Note on the mental hospitals in Burma - 1925-1940
Year: 1925
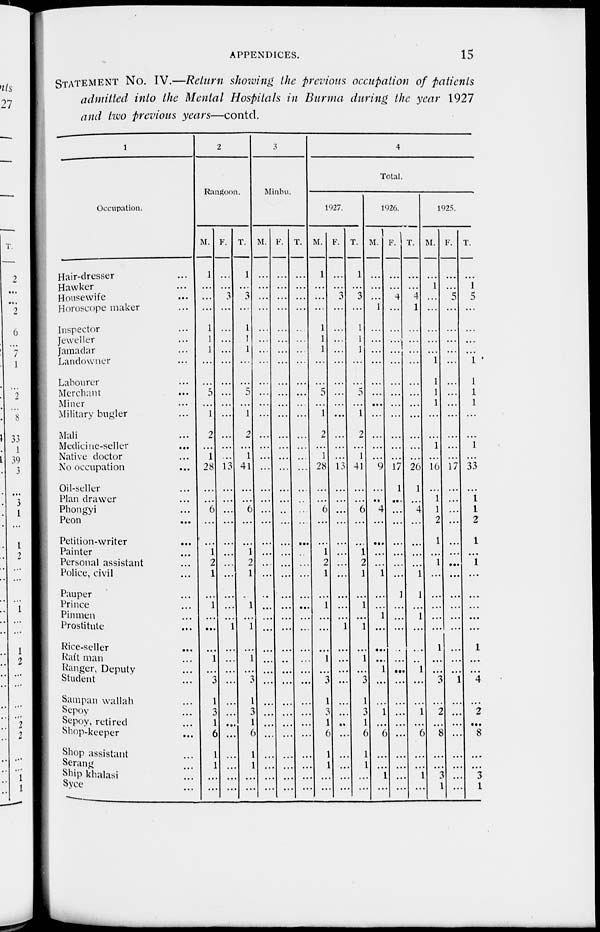
APPENDICES.
15
STATEMENT NO. IV.—Return showing the previous occupation of patients
admitted into the Mental Hospitals in Burma during the year 1927
and two previous years—contd.
1
Occupation.
Hair-dresser ...
Hawker ...
Housewife ...
Horoscope maker ...
Inspector ...
Jeweller ...
Jamadar ...
Landowner ...
Labourer ...
Merchant ...
Miner ...
Military bugler ...
Mali ...
Medicine-seller ...
Native doctor ...
No occupation ...
Oil-seller ...
Plan drawer ...
Phongyi ...
Peon ...
Petition-writer ...
Painter ...
Personal assistant ...
Police, civil ...
Pauper ...
Prince ...
Pinmen ...
Prostitute ...
Rice-seller ...
Raft man ...
Ranger, Deputy ...
Student ...
Sampan wallah ...
Sepoy ...
Sepoy, retired ...
Shop-keeper ...
Shop assistant ...
Serang
...
Ship khalasi ...
Syce ...
2
Rangoon.
M.
1
...
...
...
1
1
1
...
...
5
...
l
2
...
1
28
...
...
6
...
...
1
2
1
...
1
...
...
...
1
...
3
1
3
1
6
1
1
...
...
F.
...
...
3
...
...
...
...
...
...
...
...
...
...
...
...
13
...
...
...
...
...
...
...
...
...
...
...
1
...
...
...
...
...
...
...
...
...
...
...
...
T.
1
...
3
...
1
1
1
...
...
5
...
1
2
...
1
41
...
...
6
...
...
1
2
1
...
1
...
1
...
1
...
3
1
3
1
6
1
1
...
...
3
Minbu.
M.
...
...
...
...
...
...
...
...
...
...
...
...
...
...
...
...
...
...
...
...
...
...
....
...
...
...
...
...
...
...
...
...
...
...
...
...
...
...
...
...
F.
...
...
...
...
...
...
...
...
...
...
...
...
...
...
...
...
...
...
...
...
...
...
...
...
...
...
...
...
...
...
...
...
...
...
...
...
...
...
...
...
T.
...
...
...
...
...
...
...
...
...
...
...
...
...
...
...
...
...
...
...
...
...
...
...
...
...
...
...
...
...
...
...
...
...
...
...
...
...
...
...
4
Total.
1927.
M.
1
...
...
...
1
1
1
...
...
5
...
1
2
...
1
28
...
...
6
...
...
1
2
1
...
1
...
...
...
1
...
3
1
3
1
6
1
1
...
...
F.
...
...
3
...
...
...
...
...
...
...
...
...
...
...
...
13
...
...
...
...
...
...
...
...
...
...
...
1
...
...
...
...
...
...
...
...
...
...
...
...
T.
1
...
3
...
1
1
1
...
...
5
...
1
2
...
1
41
...
...
6
...
...
1
2
1
...
1
...
1
...
1
...
3
1
3
1
6
1
1
...
...
1926.
M.
...
...
...
1
...
...
...
...
...
...
...
...
...
...
...
9
...
...
4
...
...
...
...
1
...
...
1
...
...
...
1
...
...
1
...
6
...
...
1
...
F.
...
...
4
...
...
...
...
...
...
...
...
...
...
...
...
17
1
...
...
...
...
...
...
...
1
...
...
...
...
...
...
...
...
...
...
...
...
...
...
...
T.
...
...
4
1
...
...
...
...
...
...
...
...
...
...
...
26
1
...
4
...
...
...
...
1
1
...
1
...
...
...
1
...
...
1
...
6
...
...
1
...
1925.
M.
...
1
...
...
...
...
...
1
1
1
1
...
...
1
...
16
...
1
1
2
1
...
1
...
...
...
...
...
1
...
...
3
...
2
...
8
...
...
3
1
F.
...
...
5
...
...
...
...
...
...
...
...
...
...
...
...
17
...
...
...
...
...
...
...
...
...
...
...
...
...
...
...
1
...
...
...
...
...
...
...
...
T.
...
1
5
...
...
...
...
1
1
1
1
...
...
1
...
33
...
1
1
2
1
...
1
...
...
...
...
...
1
...
...
4
...
2
...
8
...
...
3
1